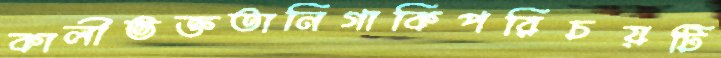
কালীভক্ততানিগাকিপরিচয়টি